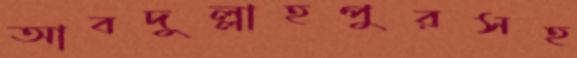
আবদুল্লাহপুরসহ